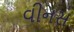
વીનસ